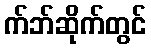
က်ဘ်ဆိုက်တွင်